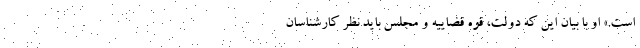
است.» او با بیان این که دولت، قوه قضاییه و مجلس باید نظر کارشناسان